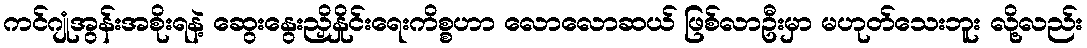
ကင်ဂျုံအွန်းအစိုးရနဲ့ ဆွေးနွေးညှိနှိုင်းရေးကိစ္စဟာ လောလောဆယ် ဖြစ်လာဦးမှာ မဟုတ်သေးဘူး လို့လည်း